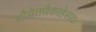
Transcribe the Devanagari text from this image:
शौचेतथैकाहेसद्यः